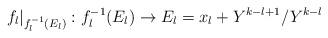
LaTeX: \begin{align*}f_l|_{f_l^{-1}(E_l)}:f_l^{-1}(E_l) \to E_l=x_l+ Y^{k-l+1}/Y^{k-l}\end{align*}